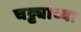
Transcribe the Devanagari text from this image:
चट्ट्याच्या